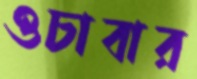
ওচাবার